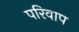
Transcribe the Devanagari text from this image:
परिवाप